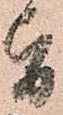
旨